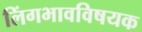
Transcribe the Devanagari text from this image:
लिंगभावविषयक